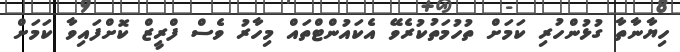
ހިޔާނާތާ ގުޅުންހުރި ކަމަށް ތުހުމަތުކުރެވޭ އެކައުންޓްތައް މިހާރު ވެސް ފްރީޒް ކޮށްފައިވާ ކަމަށް